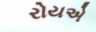
રોયએ